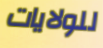
للولايات